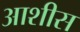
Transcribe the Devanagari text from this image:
आशीस